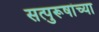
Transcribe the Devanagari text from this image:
सत्पुरूषांच्या